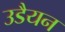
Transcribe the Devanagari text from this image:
उडैयन